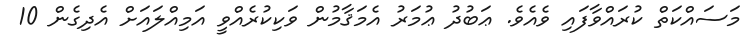
މަސައްކަތް ކުރައްވާފައި ވެއެވެ. ޢަބުދު ޢުމަރު އެމަޤާމުން ވަކިކުރެއްވީ އަމިއްލައަށް އެދިގެން 10